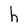
Character: h